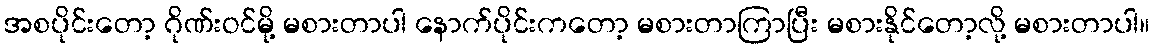
အစပိုင်းတော့ ဂိုဏ်းဝင်မို့ မစားတာပါ နောက်ပိုင်းကတော့ မစားတာကြာပြီး မစားနိုင်တော့လို့ မစားတာပါ။